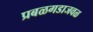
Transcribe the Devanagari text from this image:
प्रबळगडाजवळ